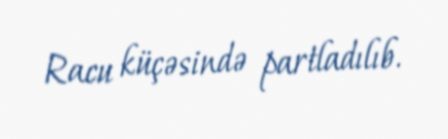
Racu küçəsində partladılıb.